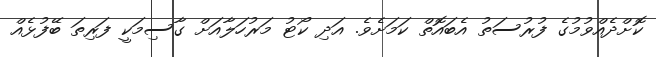
ކޮށްދެއްވުމުގެ ފުރުސަތު އެބައޮތް ކަމަށެވެ. އަދި ކޯޓު މަރުހަލާއަށް ގާސިމަކީ ފަރިތަ ބޭފުޅެއް